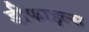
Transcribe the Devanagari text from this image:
डीफाइल्स